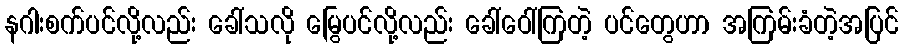
နဂါးစက်ပင်လို့လည်း ခေါ်သလို မြွေပင်လို့လည်း ခေါ်ဝေါ်ကြတဲ့ ပင်တွေဟာ အကြမ်းခံတဲ့အပြင်